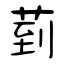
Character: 菿